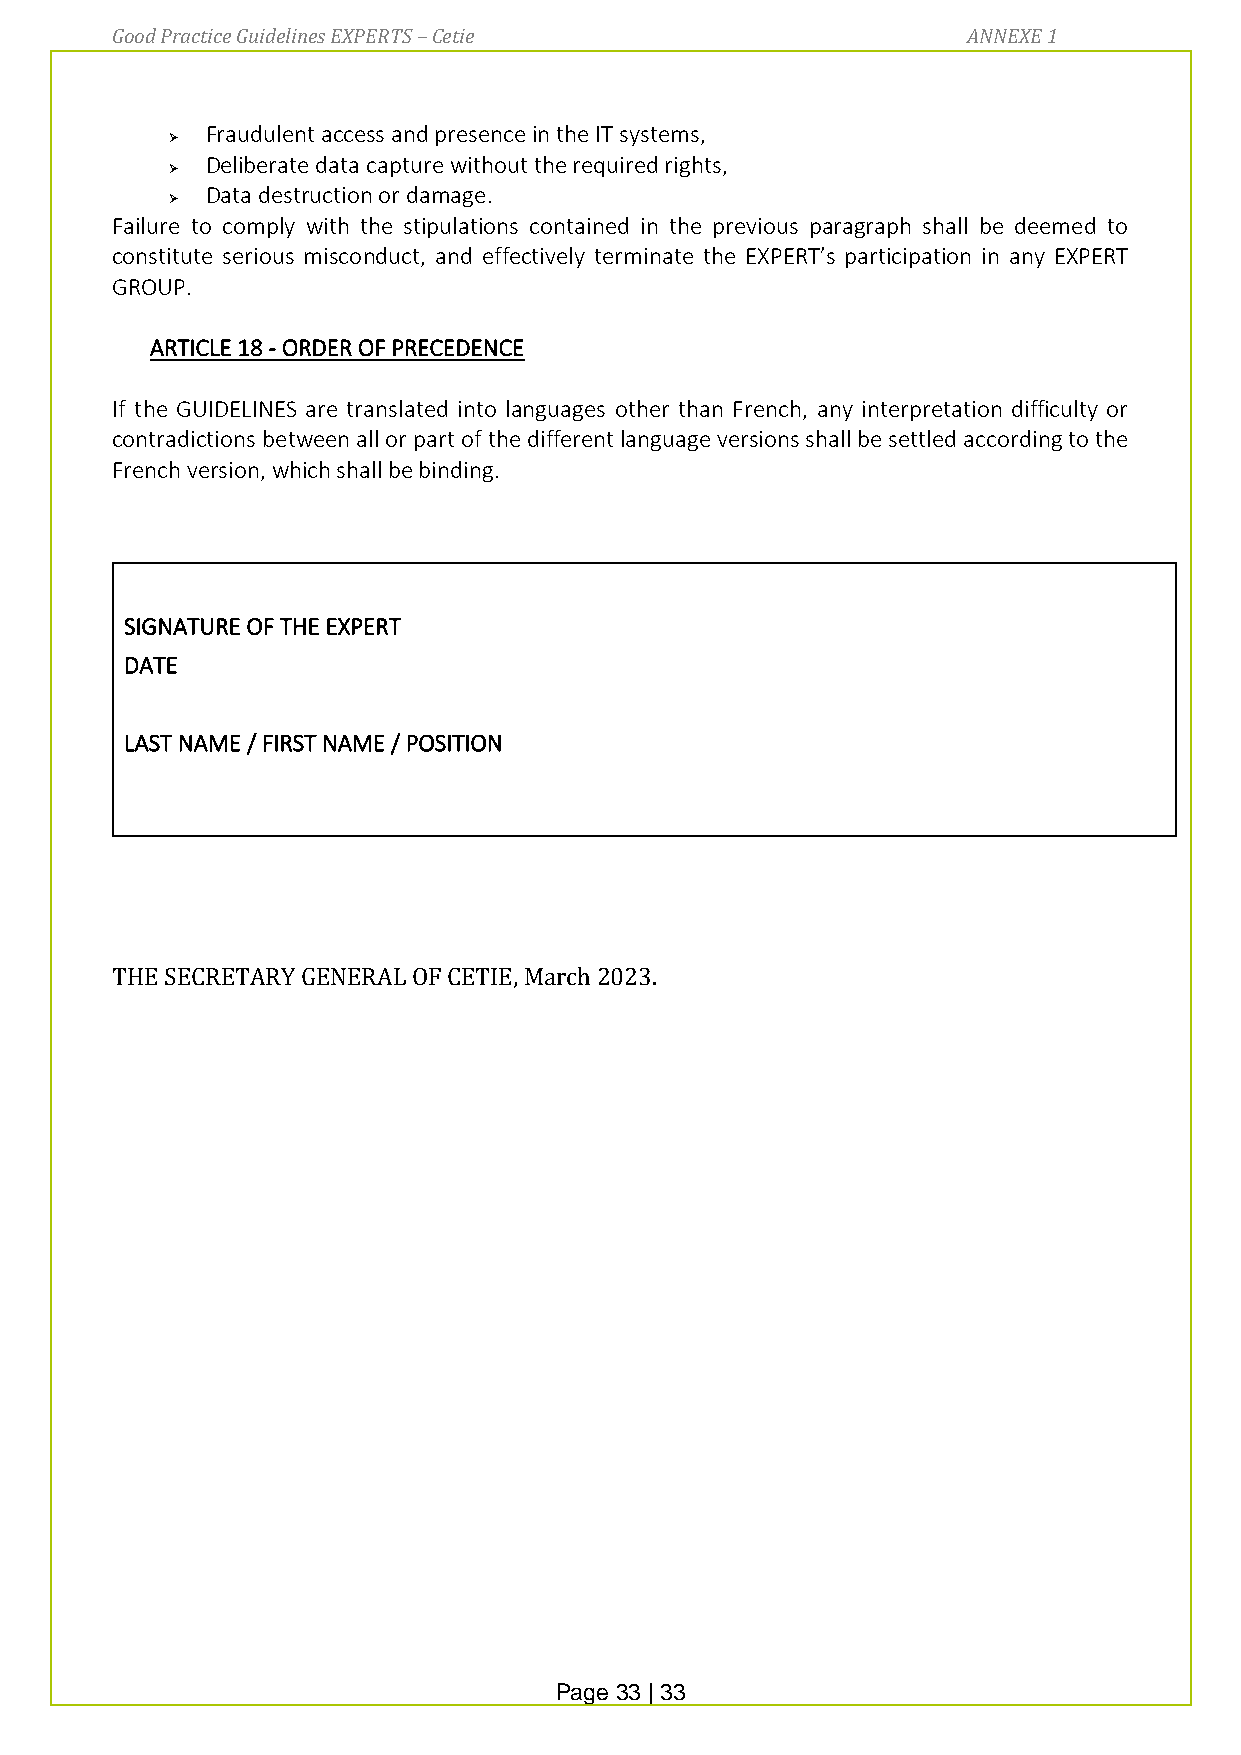
Good Practice Guidelines EXPERTS – Cetie                 ANNEXE 1
 Fraudulent access and presence in the IT systems,
 ➢
 Deliberate data capture without the required rights,
 ➢
 Data destruction or damage.
 ➢
 Failure to comply with the stipulations contained in the previous paragraph shall be deemed to
 constitute serious misconduct, and effectively terminate the EXPERT’s participation in any EXPERT
 GROUP.
 ARTICLE 18 - ORDER OF PRECEDENCE
 If the GUIDELINES are translated into languages other than French, any interpretation difficulty or
 contradictions between all or part of the different language versions shall be settled according to the
 French version, which shall be binding.
 SIGNATURE OF THE EXPERT
 DATE
 LAST NAME / FIRST NAME / POSITION
 THE SECRETARY GENERAL OF CETIE, March 2023.
 Page 33 | 33